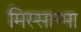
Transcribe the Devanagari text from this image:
मिस्साम्मा